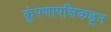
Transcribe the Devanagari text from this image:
कुंपणापलिकडून